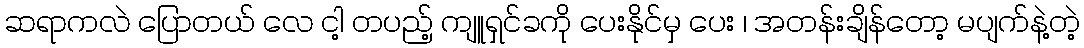
ဆရာကလဲ ပြောတယ် လေ ငါ့ တပည့် ကျူရှင်ခကို ပေးနိုင်မှ ပေး ၊ အတန်းချိန်တော့ မပျက်နဲ့တဲ့